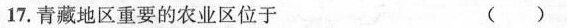
17.青藏地区重要的农业区位于 ( )